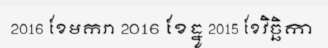
2016 ខែមករា 2016 ខែធ្នូ 2015 ខែវិច្ឆិកា